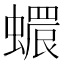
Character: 𧑩